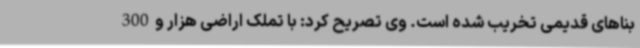
بناهای قدیمی تخریب شده است. وی تصریح کرد: با تملک اراضی هزار و300